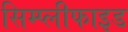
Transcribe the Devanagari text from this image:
सिम्प्लीफाइड